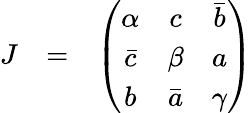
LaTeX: \begin{array}{ccc}{{J}}&{{=}}&{{\left(\begin{array}{ccc}{{\alpha}}&{{c}}&{{\bar{b}}}\\ {{\bar{c}}}&{{\beta}}&{{a}}\\ {{b}}&{{\bar{a}}}&{{\gamma}}\end{array}\right)}}\end{array}